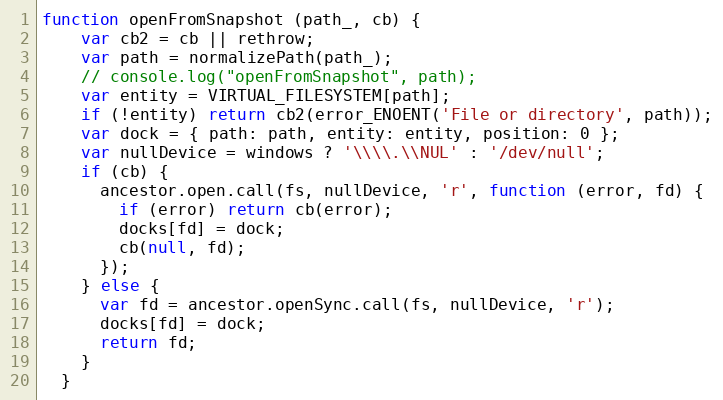
Language: JavaScript
function openFromSnapshot (path_, cb) {
    var cb2 = cb || rethrow;
    var path = normalizePath(path_);
    // console.log("openFromSnapshot", path);
    var entity = VIRTUAL_FILESYSTEM[path];
    if (!entity) return cb2(error_ENOENT('File or directory', path));
    var dock = { path: path, entity: entity, position: 0 };
    var nullDevice = windows ? '\\\\.\\NUL' : '/dev/null';
    if (cb) {
      ancestor.open.call(fs, nullDevice, 'r', function (error, fd) {
        if (error) return cb(error);
        docks[fd] = dock;
        cb(null, fd);
      });
    } else {
      var fd = ancestor.openSync.call(fs, nullDevice, 'r');
      docks[fd] = dock;
      return fd;
    }
  }